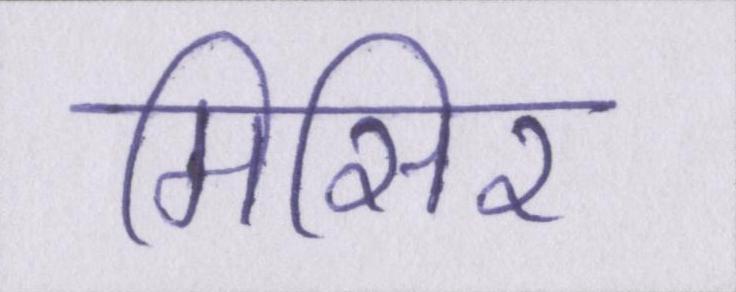
मिसिर